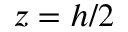
z = h / 2